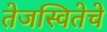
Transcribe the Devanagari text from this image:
तेजस्वितेचे